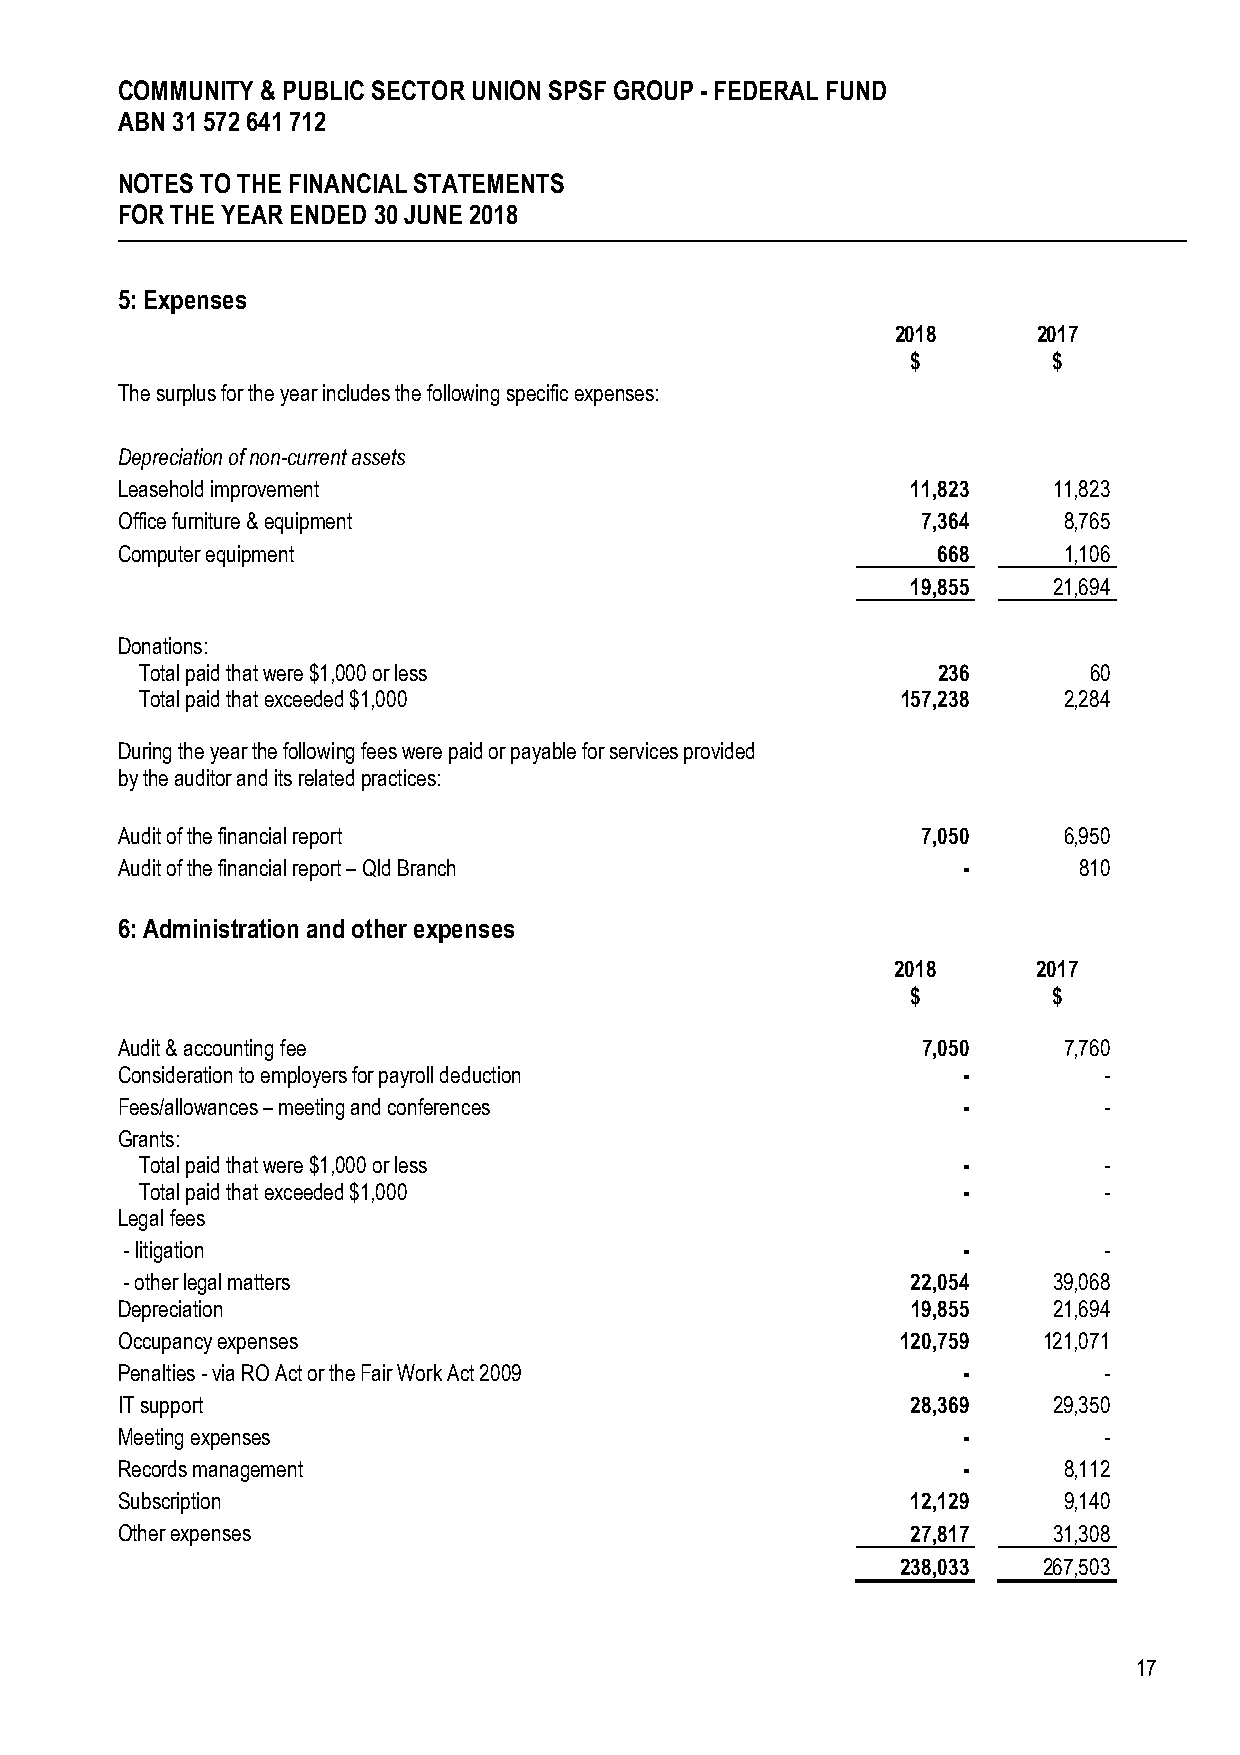
COMMUNITY & PUBLIC SECTOR UNION SPSF GROUP - FEDERAL FUND
 ABN 31 572 641 712
 NOTES TO THE FINANCIAL STATEMENTS
 FOR THE YEAR ENDED 30 JUNE 2018
 5: Expenses
 2018      2017
 $         $
 The surplus for the year includes the following specific expenses:
 Depreciation of non-current assets
 Leasehold improvement                               11,823    11,823
 Office furniture & equipment                         7,364    8,765
 Computer equipment                                    668     1,106
 19,855    21,694
 Donations:
 Total paid that were $1,000 or less                  236       60
 Total paid that exceeded $1,000                    157,238   2,284
 During the year the following fees were paid or payable for services provided
 by the auditor and its related practices:
 Audit of the financial report                        7,050    6,950
 Audit of the financial report – Qld Branch              -      810
 6: Administration and other expenses
 2018      2017
 $         $
 Audit & accounting fee                               7,050    7,760
 Consideration to employers for payroll deduction        -        -
 Fees/allowances – meeting and conferences               -        -
 Grants:
 Total paid that were $1,000 or less                    -        -
 Total paid that exceeded $1,000                        -        -
 Legal fees
 - litigation                                            -        -
 - other legal matters                               22,054    39,068
 Depreciation                                        19,855    21,694
 Occupancy expenses                                  120,759  121,071
 Penalties - via RO Act or the Fair Work Act 2009        -        -
 IT support                                          28,369    29,350
 Meeting expenses                                        -        -
 Records management                                      -     8,112
 Subscription                                        12,129    9,140
 Other expenses                                      27,817    31,308
 238,033  267,503
 17